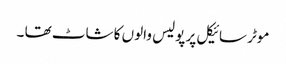
موٹر سائیکل پر پولیس والوں کا شاٹ تھا ۔